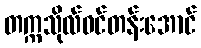
တက္ကသိုလ်ဝင်တန်းအောင်